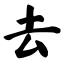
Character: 去